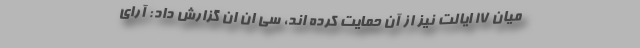
میان ۱۷ ایالت نیز از آن حمایت کرده اند، سی ان ان گزارش داد: آرای